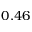
0 . 4 6